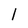
Character: 1